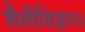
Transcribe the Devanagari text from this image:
शैलीविज्ञान।